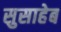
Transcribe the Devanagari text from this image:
सुसाहेब